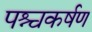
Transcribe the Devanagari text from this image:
पश्चकर्षण